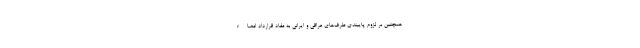
همچنین بر لزوم پایبندی طرف‌های عراقی و ایرانی به مفاد قرارداد امضاء